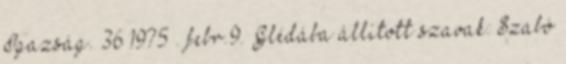
Igazság. 36 1975 . febr.9. Glédába állított szavak: Szabó